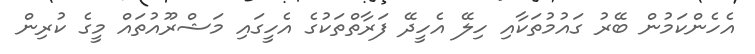
އެހެންކަމުން ބޭރު ގައުމުތަކާއި ހިލޭ އެހީދޭ ފަރާތްތަކުގެ އެހީގައި މަޝްރޫއުތައް މީގެ ކުރިން